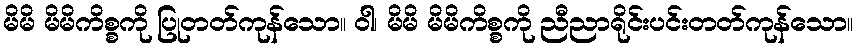
မိမိ မိမိကိစ္စကို ပြုတတ်ကုန်သော။ ဝါ၊ မိမိ မိမိကိစ္စကို ညီညာရိုင်းပင်းတတ်ကုန်သော။